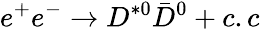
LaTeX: e^{+}e^{-}\to D^{*0}\bar{D}^{0}+c.c